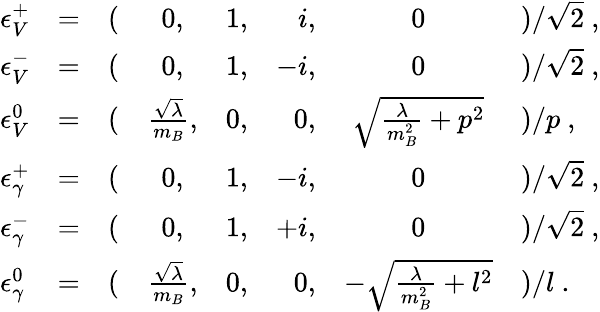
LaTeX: \begin{array}{lclccrcl}{{\epsilon_{V}^{+}}}&{{=}}&{{(}}&{{0,}}&{{1,}}&{{i,}}&{{0}}&{{)/\sqrt{2}~,}}\\ {{\epsilon_{V}^{-}}}&{{=}}&{{(}}&{{0,}}&{{1,}}&{{-i,}}&{{0}}&{{)/\sqrt{2}~,}}\\ {{\epsilon_{V}^{0}}}&{{=}}&{{(}}&{{\frac{\sqrt{\lambda}}{m_{B}},}}&{{0,}}&{{0,}}&{{\sqrt{\frac{\lambda}{m_{B}^{2}}+p^{2}}}}&{{)/p~,}}\\ {{\epsilon_{\gamma}^{+}}}&{{=}}&{{(}}&{{0,}}&{{1,}}&{{-i,}}&{{0}}&{{)/\sqrt{2}~,}}\\ {{\epsilon_{\gamma}^{-}}}&{{=}}&{{(}}&{{0,}}&{{1,}}&{{+i,}}&{{0}}&{{)/\sqrt{2}~,}}\\ {{\epsilon_{\gamma}^{0}}}&{{=}}&{{(}}&{{\frac{\sqrt{\lambda}}{m_{B}},}}&{{0,}}&{{0,}}&{{-\sqrt{\frac{\lambda}{m_{B}^{2}}+l^{2}}}}&{{)/l~.}}\end{array}